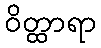
ဝိတ္ထာရာ